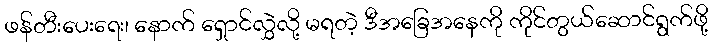
ဖန်တီးပေးရေး၊ နောက် ရှောင်လွှဲလို့ မရတဲ့ ဒီအခြေအနေကို ကိုင်တွယ်ဆောင်ရွက်ဖို့